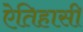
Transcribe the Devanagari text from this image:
ऐतिहासी